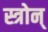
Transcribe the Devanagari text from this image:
स्त्रोन्